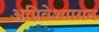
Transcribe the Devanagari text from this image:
अग्निवेश्यायन